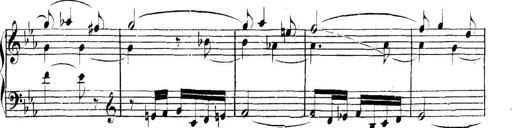
Title: Collected Piano Sonatas
Composer: Muzio Clementi